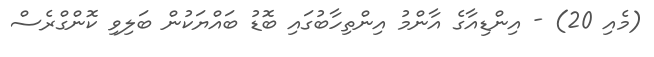
(މެއި 20) - އިންޑިއާގެ އާންމު އިންތިހާބުގައި ބޮޑު ބައްޔަކުން ބަލިވި ކޮންގްރެސް